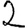
Digit: 2